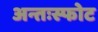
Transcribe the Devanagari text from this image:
अन्तःस्फोट